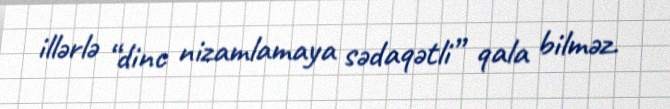
illərlə “dinc nizamlamaya sədaqətli” qala bilməz.